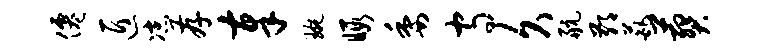
仙匠凉存奉琬暇委守久航鄙葩葬